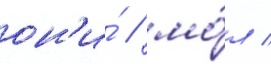
он'и́ / мо́л /